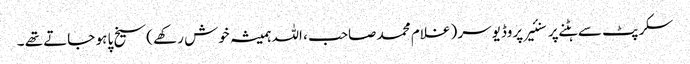
سکرپٹ سے ہٹنے پر سنئیر پروڈیوسر ( غلام محمد صاحب ، اللہ ہمیشہ خوش رکھے )سیخ پا ہو جاتے تھے ۔